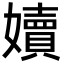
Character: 嬻